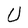
Character: U